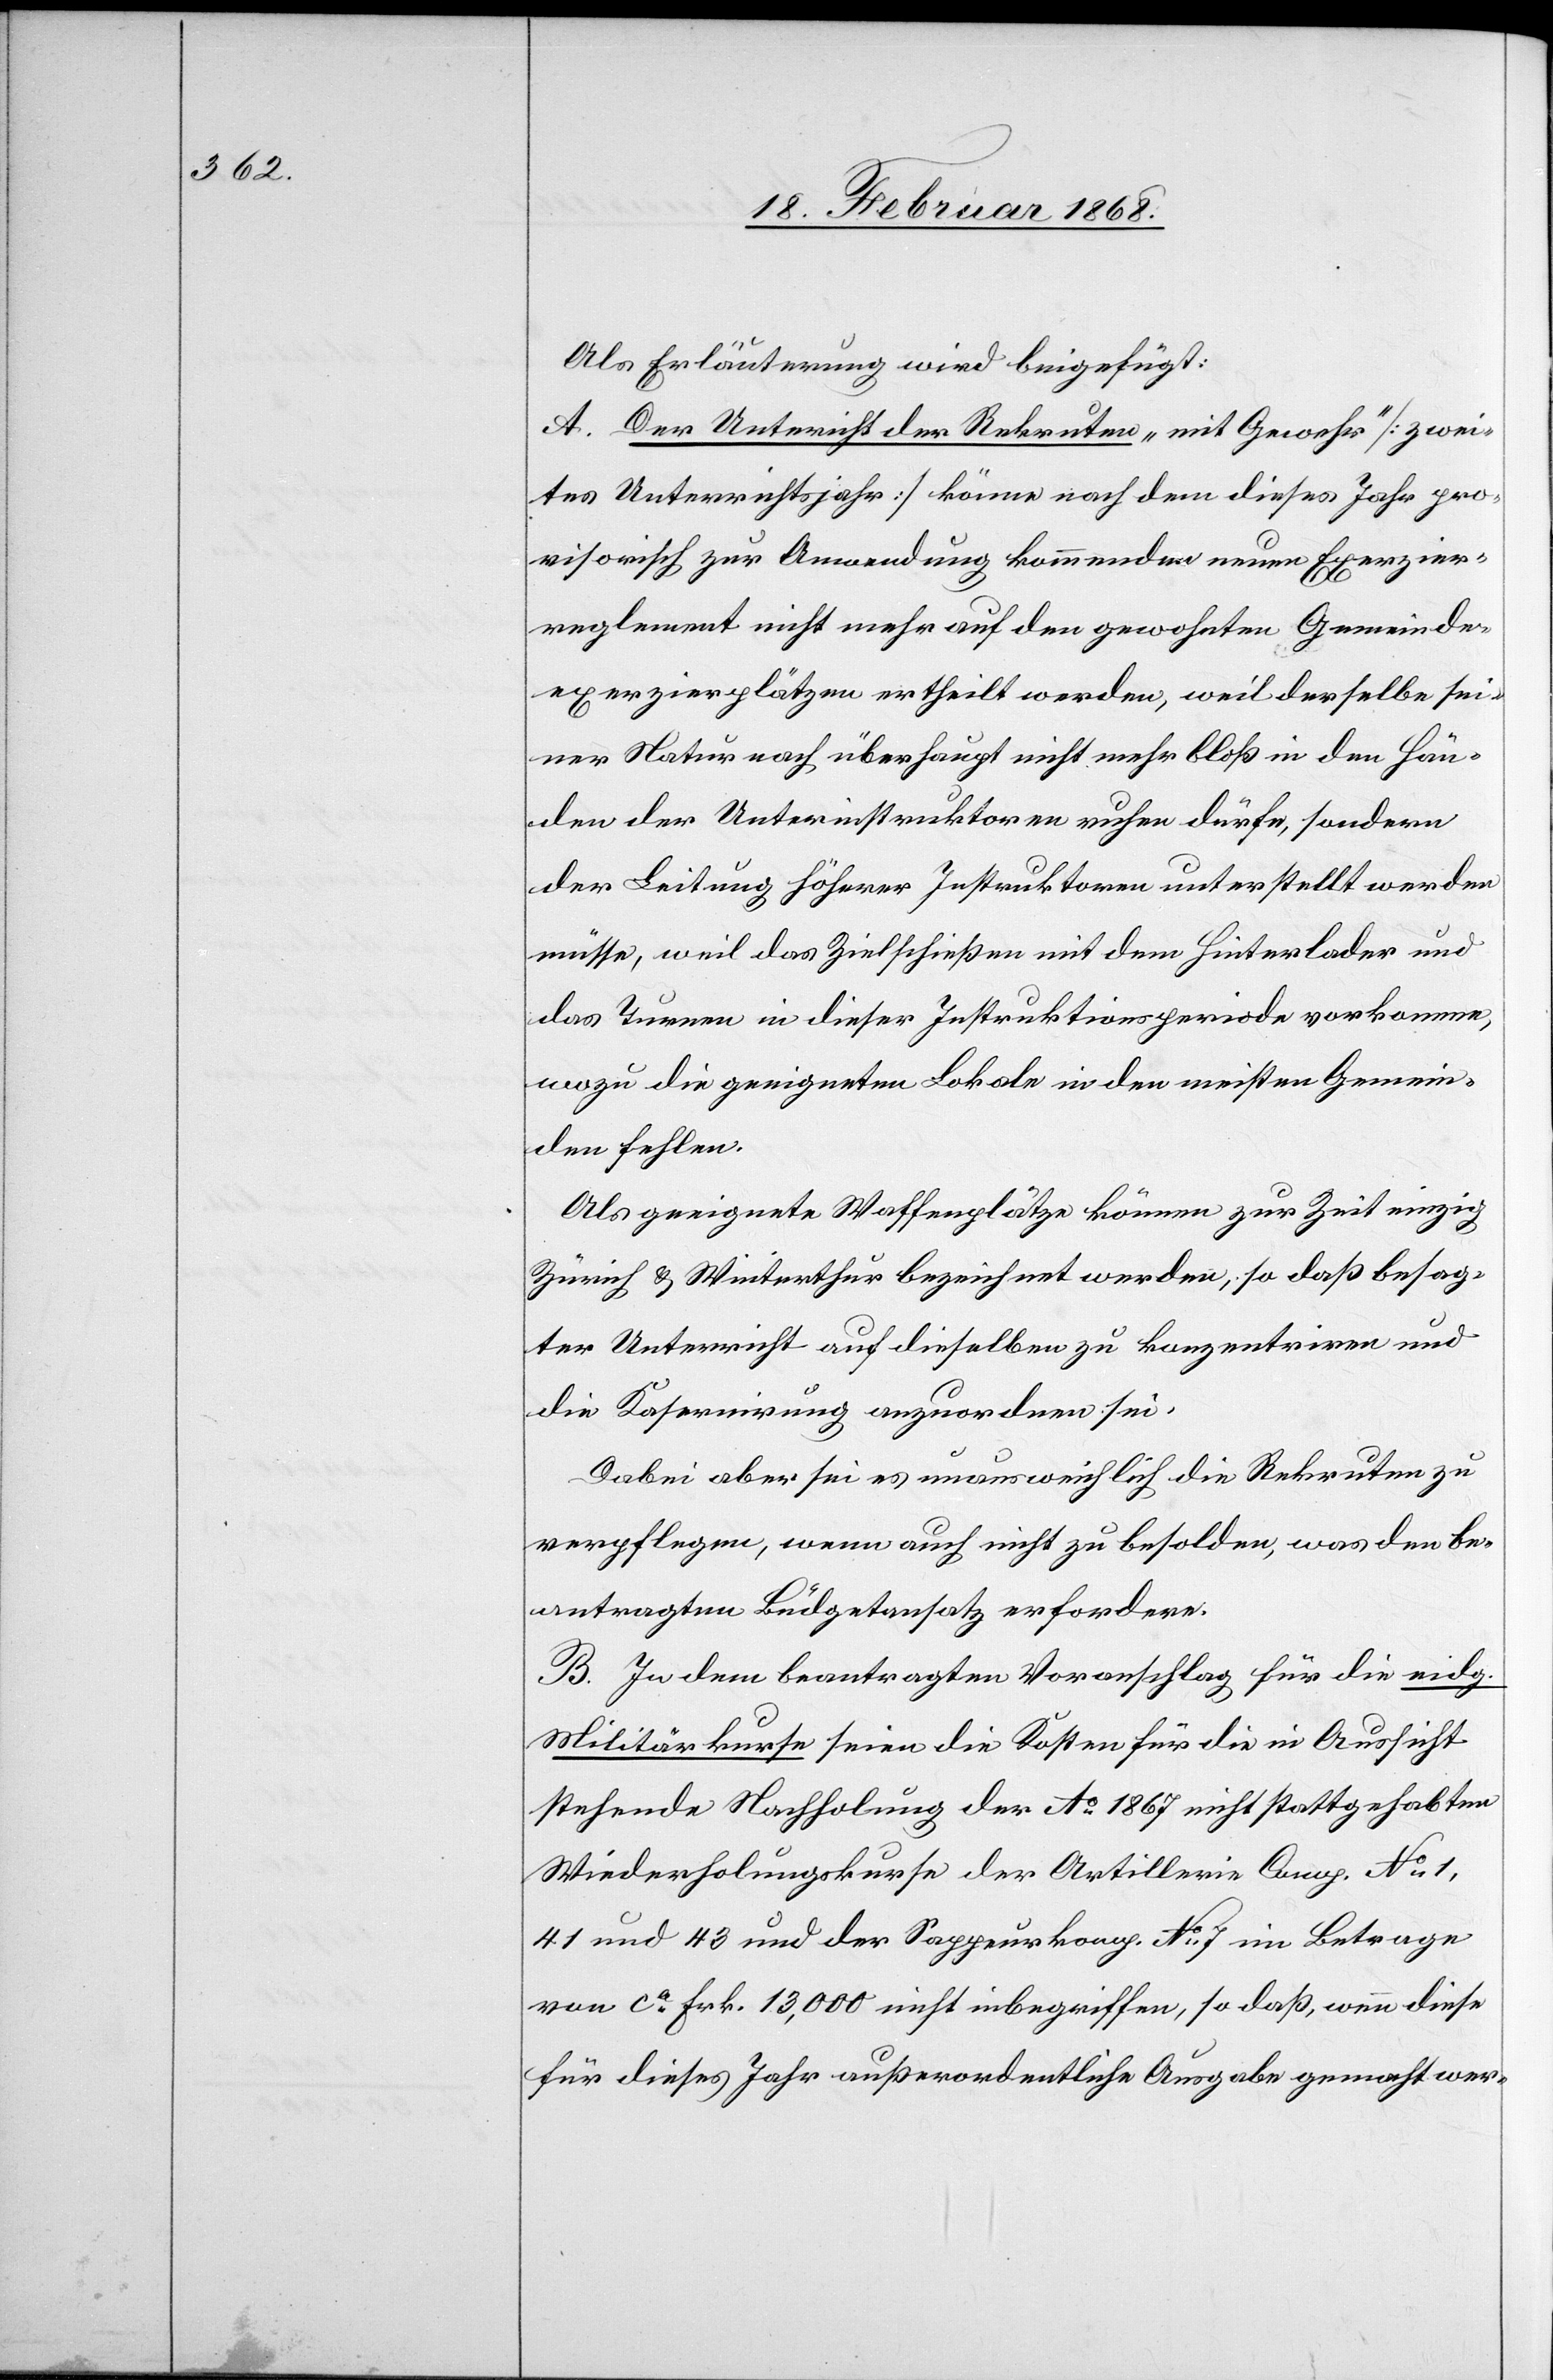
Als Erläuterung wird beigefügt:
A. Der Unter[r]icht der Rekruten „mit Gewehr“ [zwei¬
tes Unterrichtsjahr] könne nach dem dieses Jahr pro¬
visorisch zur Anwendung kommenden neuen Exerzier¬
reglement nicht mehr auf den gewohnten Gemeinde¬
exerzierplätzen ertheilt werden, weil derselbe sei¬
ner Natur nach überhaupt nicht mehr bloß in den Hän¬
den der Unterinstruktoren ruhen dürfe, sondern
der Leitung höherer Instruktoren unterstellt werden
müsse, weil das Zielschießen mit dem Hinterlader und
das Turnen in dieser Instruktionsperiode vorkomme,
wozu die geeigneten Lokale in den meisten Gemein¬
den fehlen.
Als geeignete Waffenplätze können zur Zeit einzig
Zürich & Winterthur bezeichnet werden, so daß besag¬
ter Unterricht auf dieselben zu konzentriren und
die Kasernirung anzuordnen sei.
Dabei aber sei es unausweichlich die Rekruten zu
verpflegen, wenn auch nicht zu besolden, was den be¬
antragten Büdgetansatz erfordere.
B. In dem beantragten Voranschlag für die eidg.
Militärkurse seien die Kosten für die in Aussicht
stehende Nachholung der Ao. 1867 nicht stattgehabten
Wiederholungskurse der Artillerie Comp. No. 1,
41 und 43 und der Sappeurkomp. No. 7 im Betrage
von ca. Frk. 13,000 nicht inbegriffen, so daß, wenn diese
für dieses Jahr außerordentliche Ausgabe gemacht wer-